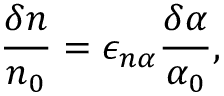
\frac { \delta n } { n _ { 0 } } = \epsilon _ { n \alpha } \frac { \delta \alpha } { \alpha _ { 0 } } ,